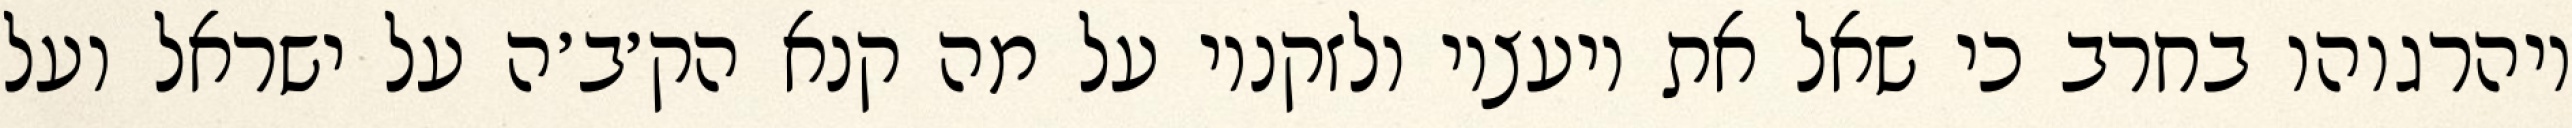
ויהרגוהו בחרב כי שאל את יועציו ולזקניו על מה קנא הק׳ב׳ה על ישראל ועל